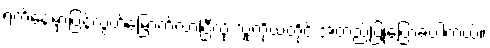
ရက်နေ့မှာပြန်လွတ်မြောက်လာပြီလို့ သူကိုယ်တိုင် အတည်ပြုပြောခဲ့ပါတယ်။